Jaan_Tonisson_(Lasteleht), lk 111
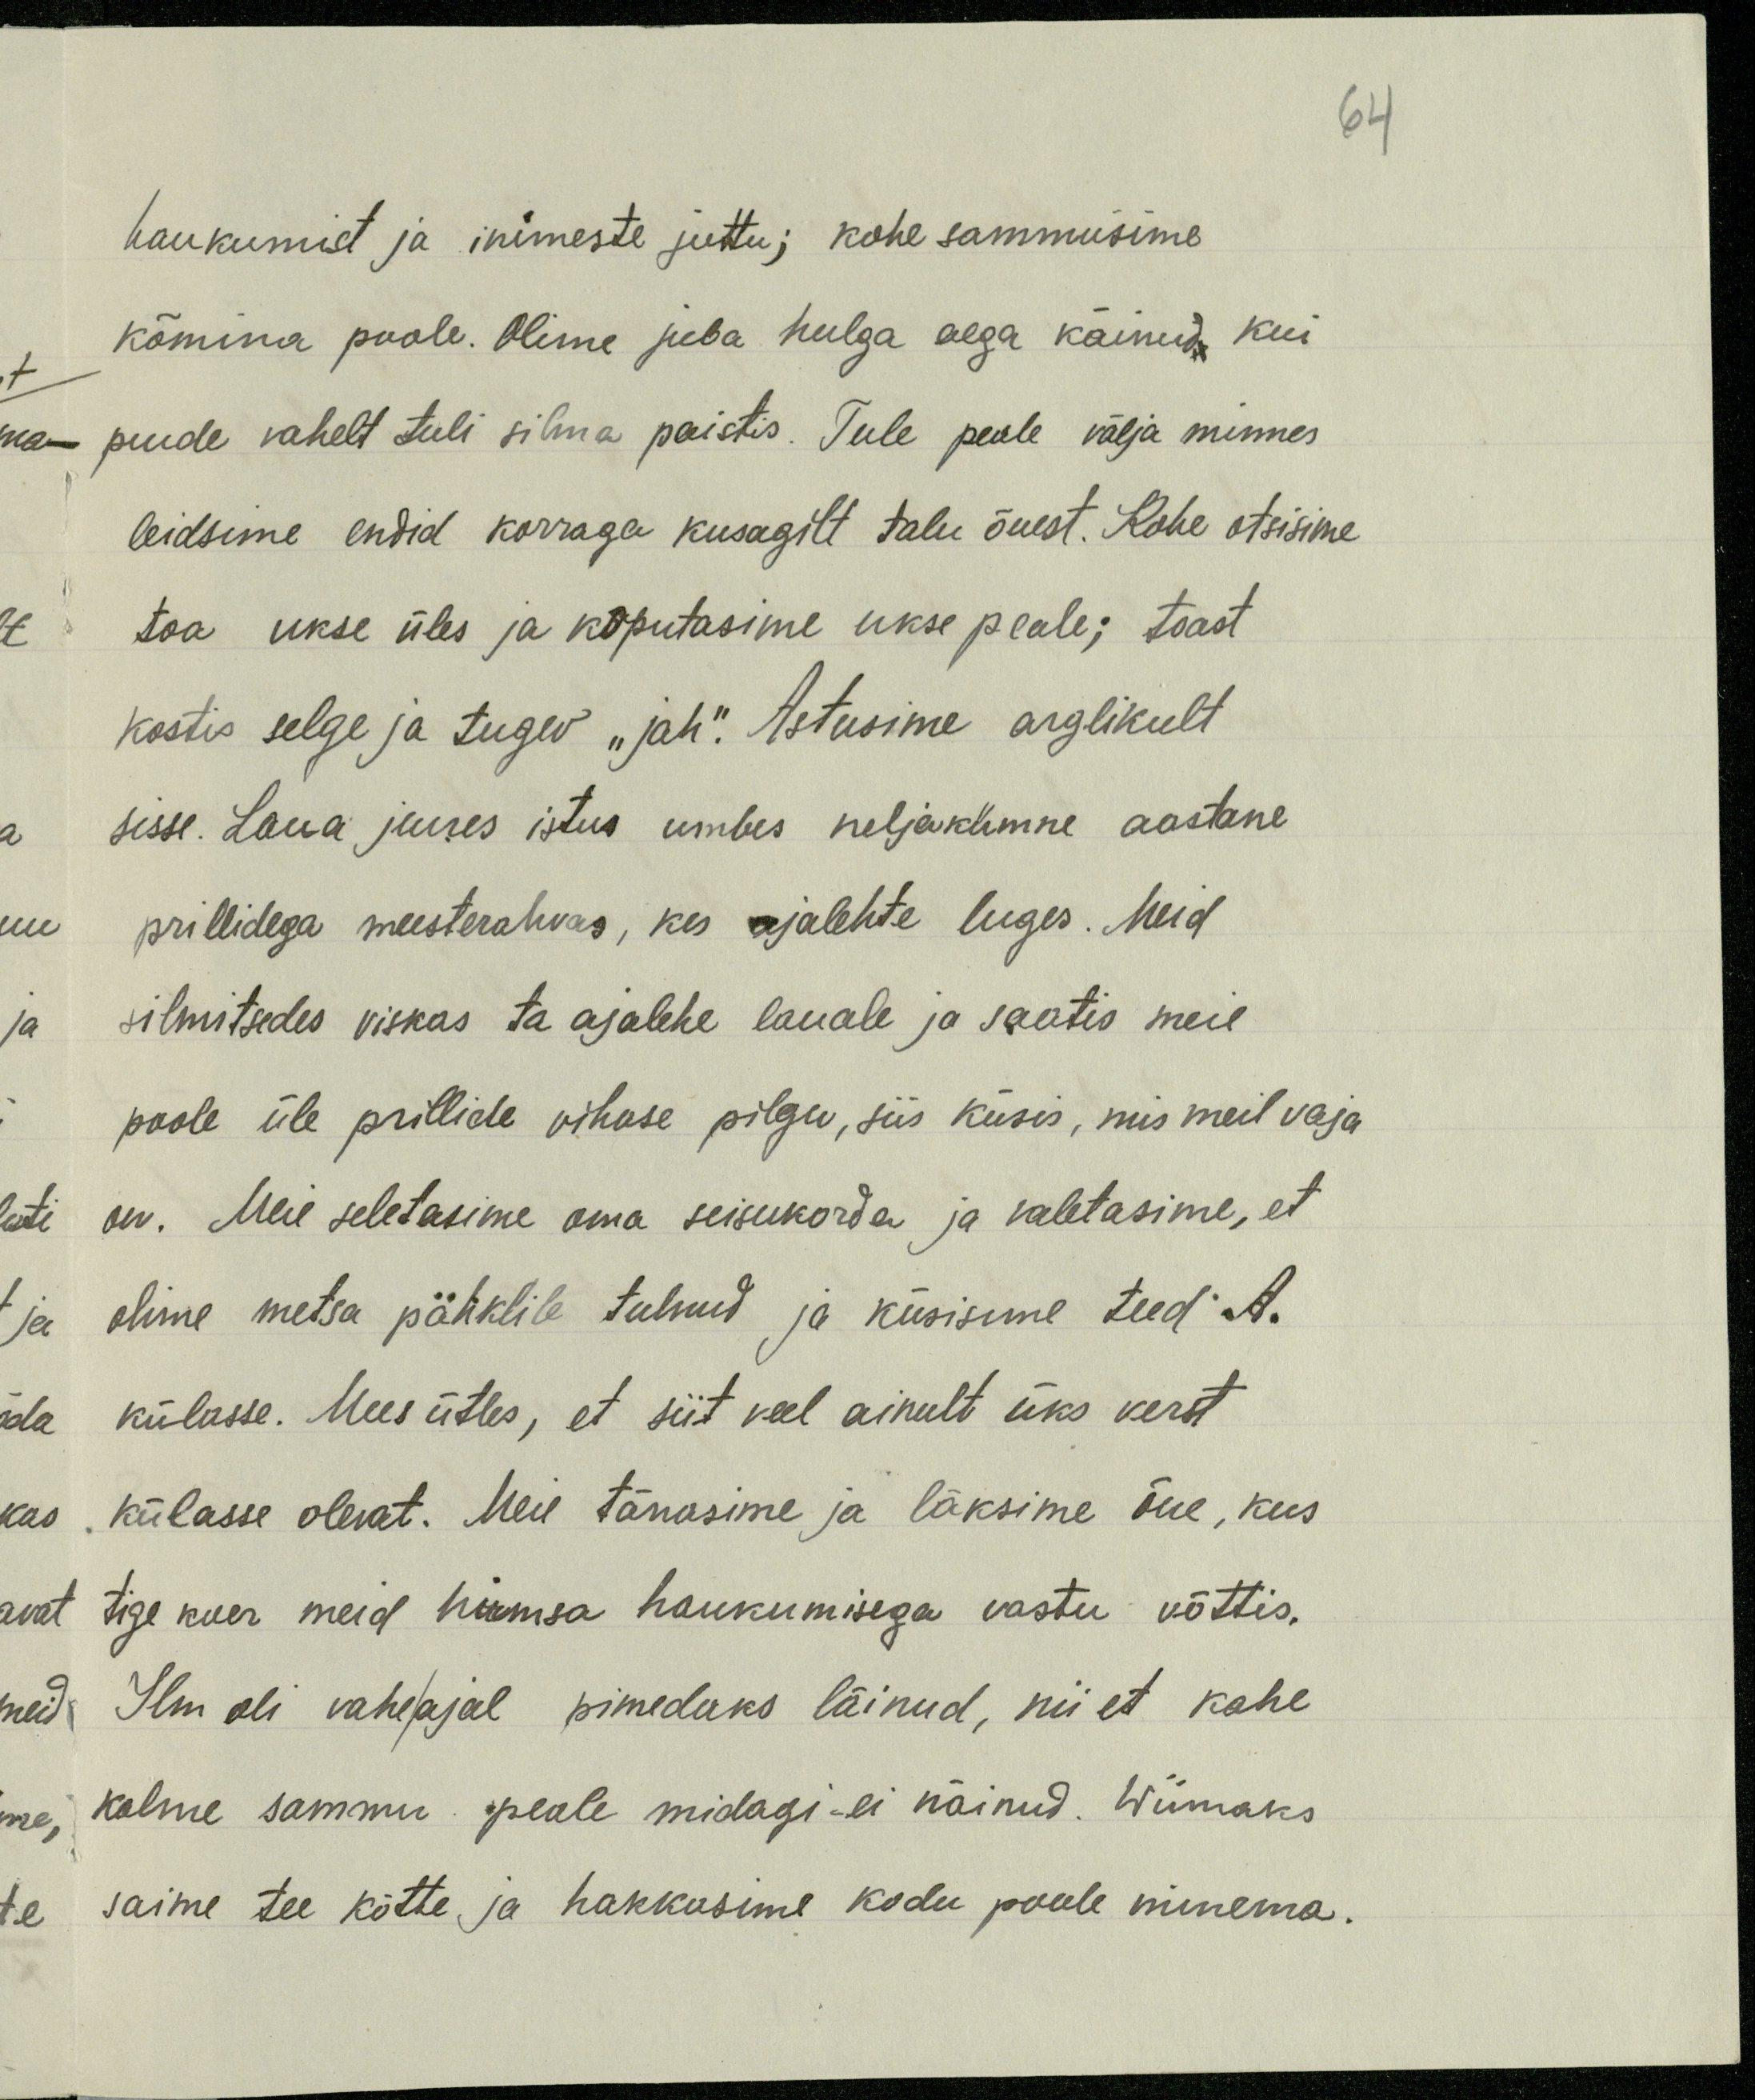
64

haukumist ja inimeste juttu; kohe sammusime
kõmina poole. Olime juba hulga aega käinud, kui
puude vahelt tuli silma paistis. Tule peale välja minnes
leidsime endid korraga kusagilt talu õuest. Kohe otsisime
toa ukse üles ja koputasime ukse peale; toast
kostis selge ja tugev "jah". Astusime arglikult
sisse. Laua juures istus umbes neljakümne aastane
prillidega meesterahvas, kes ajalehte luges. Meid
silmitsedes viskas ta ajalehe lauale ja saatis meie
poole üle prillide vihase pilgu, siis küsis, mis meil vaja
on. Meie seletasime oma seisukorda ja valetasime, et
olime metsa pähklile tulnud ja küsisime teed. A.
külasse. Mees ütles, et siit veel ainult üks verst.
külasse olevat. Meie tänasime ja läksime õue, kus
tige koer meid hirmsa haukumisega vastu võttis.
Ilm oli vahe/ajal pimedaks läinud, nii et kahe
kolme sammu peale midagi-ei näinud. Wiimaks
saime tee kätte ja hakkasime kodu poole minema.